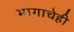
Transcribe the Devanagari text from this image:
भागाचेही